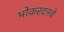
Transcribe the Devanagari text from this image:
भोकरदनचे